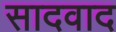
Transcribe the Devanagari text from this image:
सादवाद